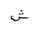
Letter: _shin